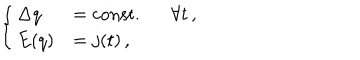
LaTeX: \left\{ \begin{array} { l l } { { \Delta q } } & { { = \mathrm { c o n s t . } \forall t \, , } } \\ { { E ( q ) } } & { { = j ( t ) \, , } } \\ \end{array} \right.